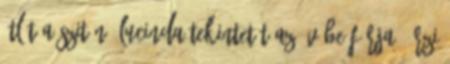
átlát a szitán. Lucinda tekintetét az övébe fúrja. Érzi